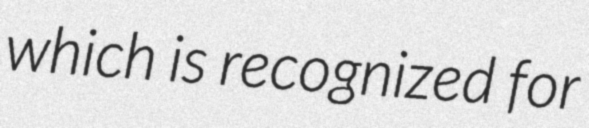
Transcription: which is recognized for